Bréfritari: Sigríður Pálsdóttir
Viðtakandi: Páll Pálsson
Dagsetning: A-1867-05-23
Skrifað á: Breiðabólsstað  Rang.
Páll var bróðir Sigríðar

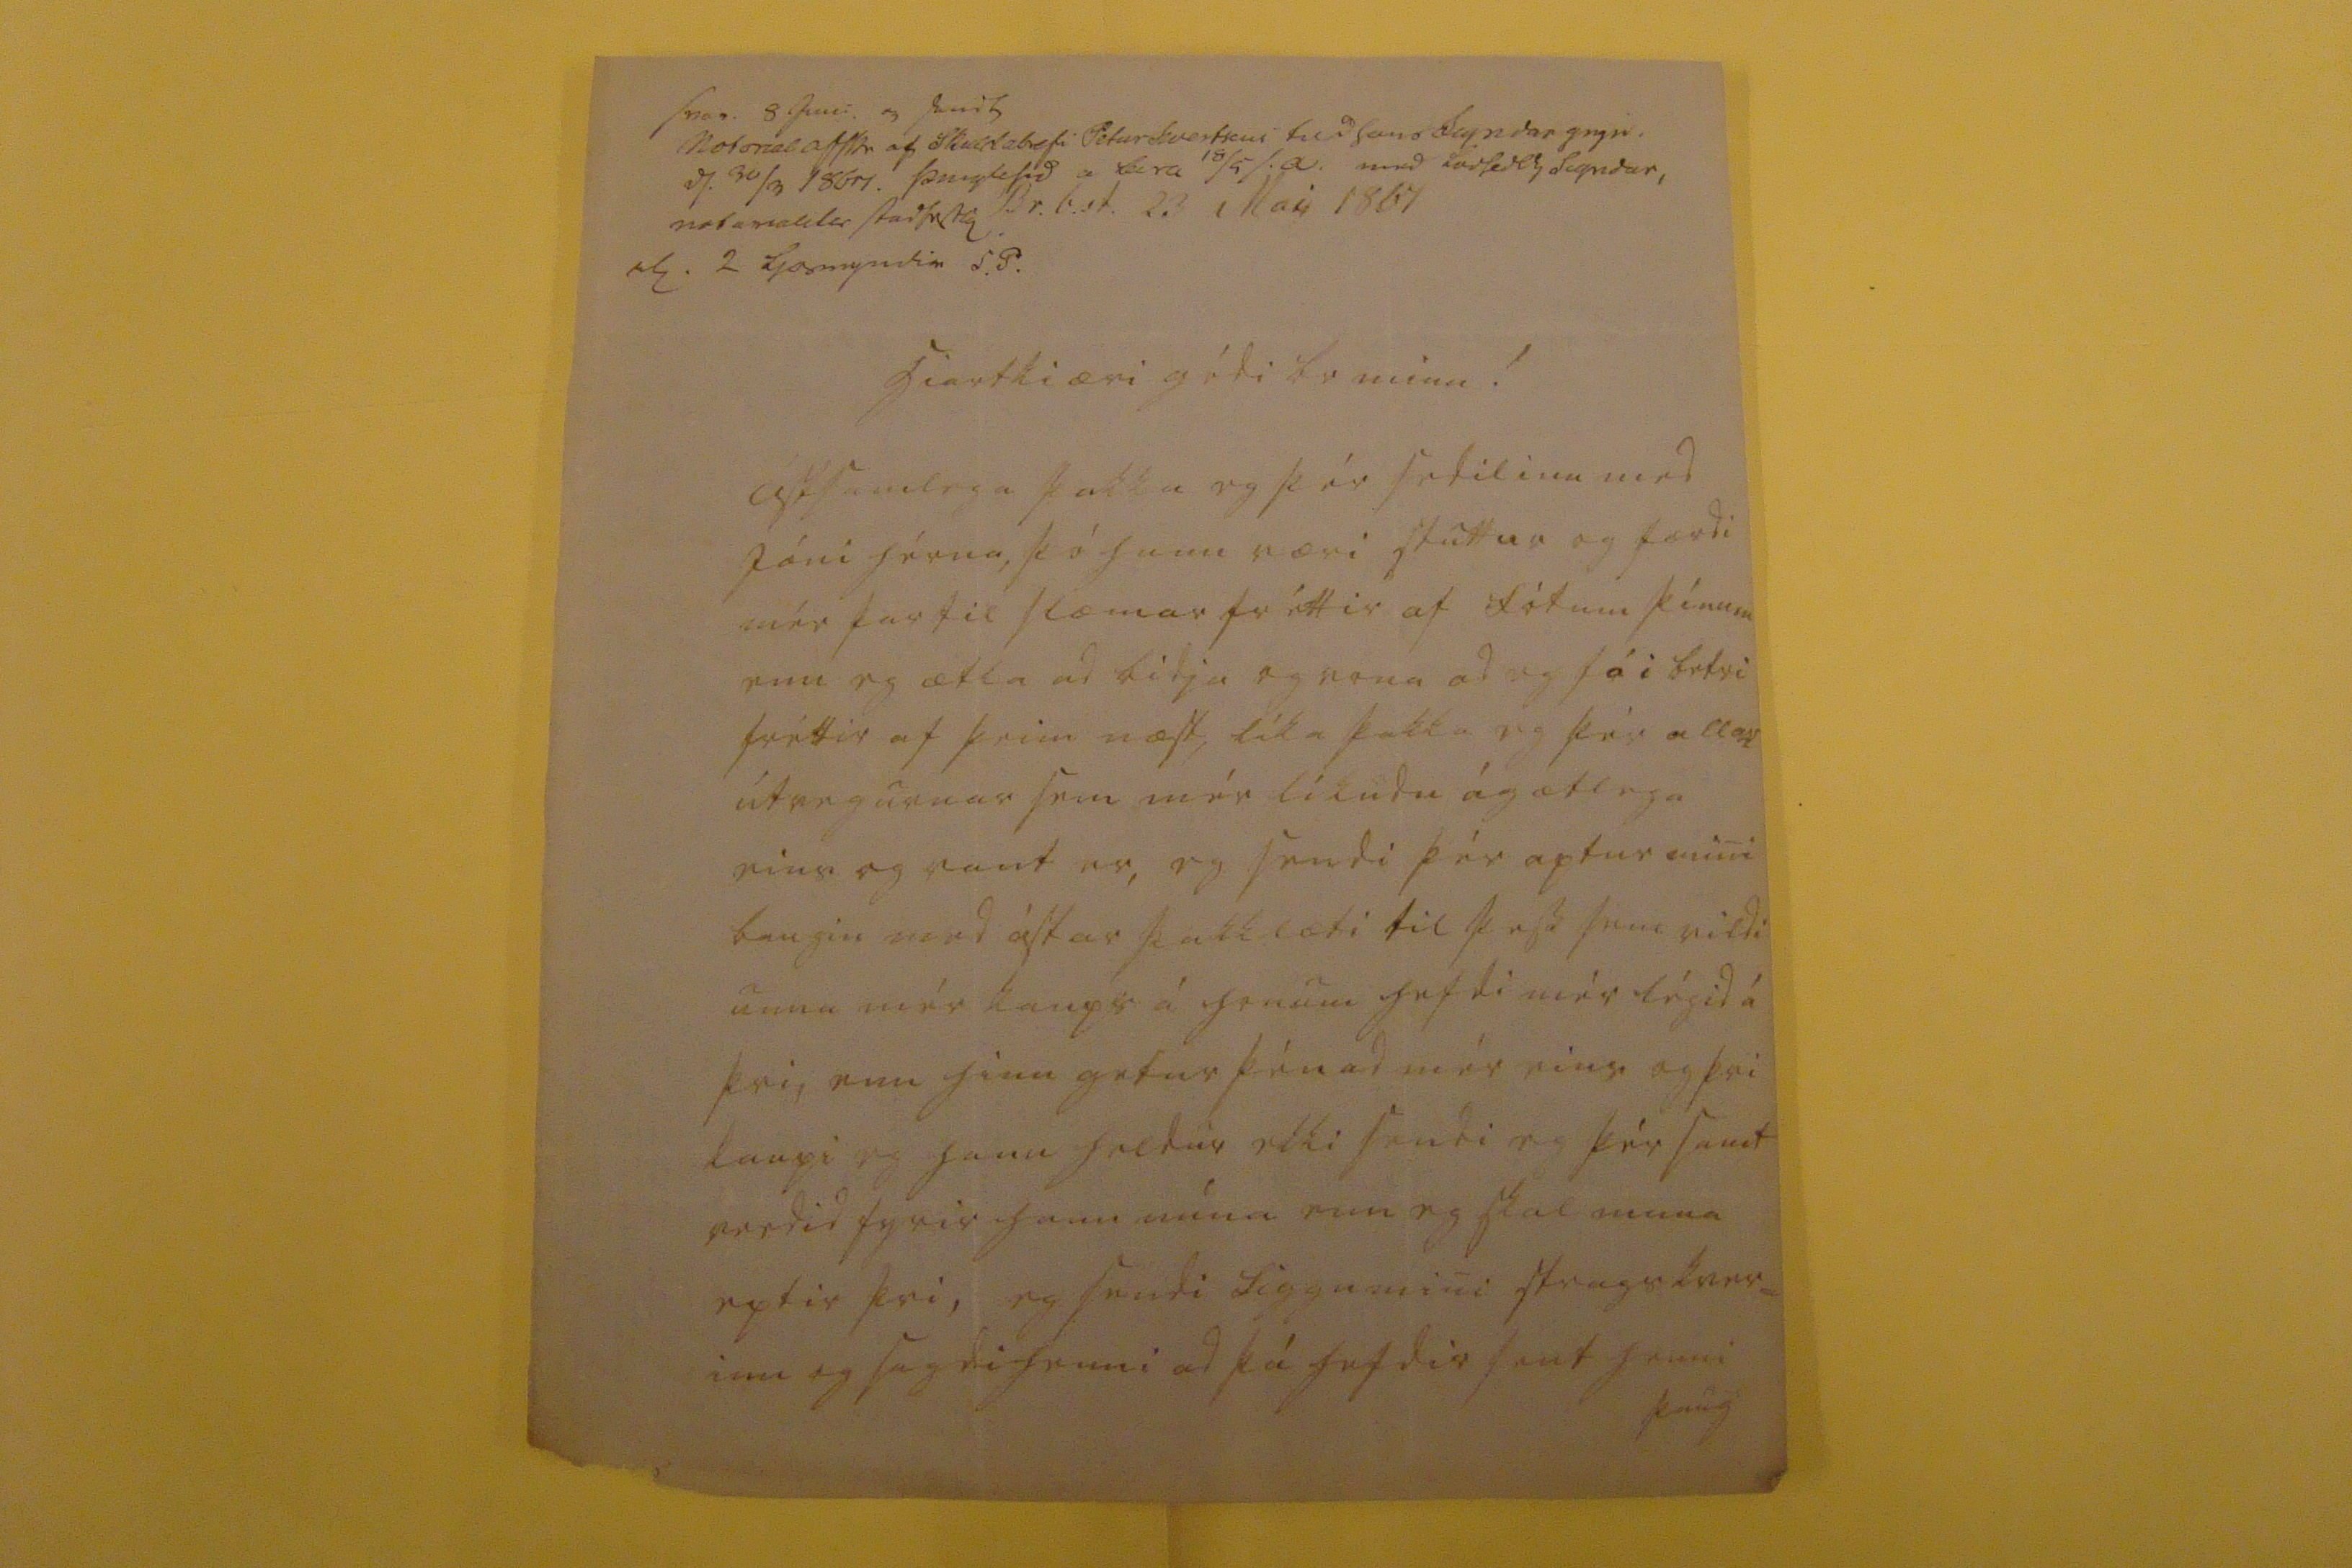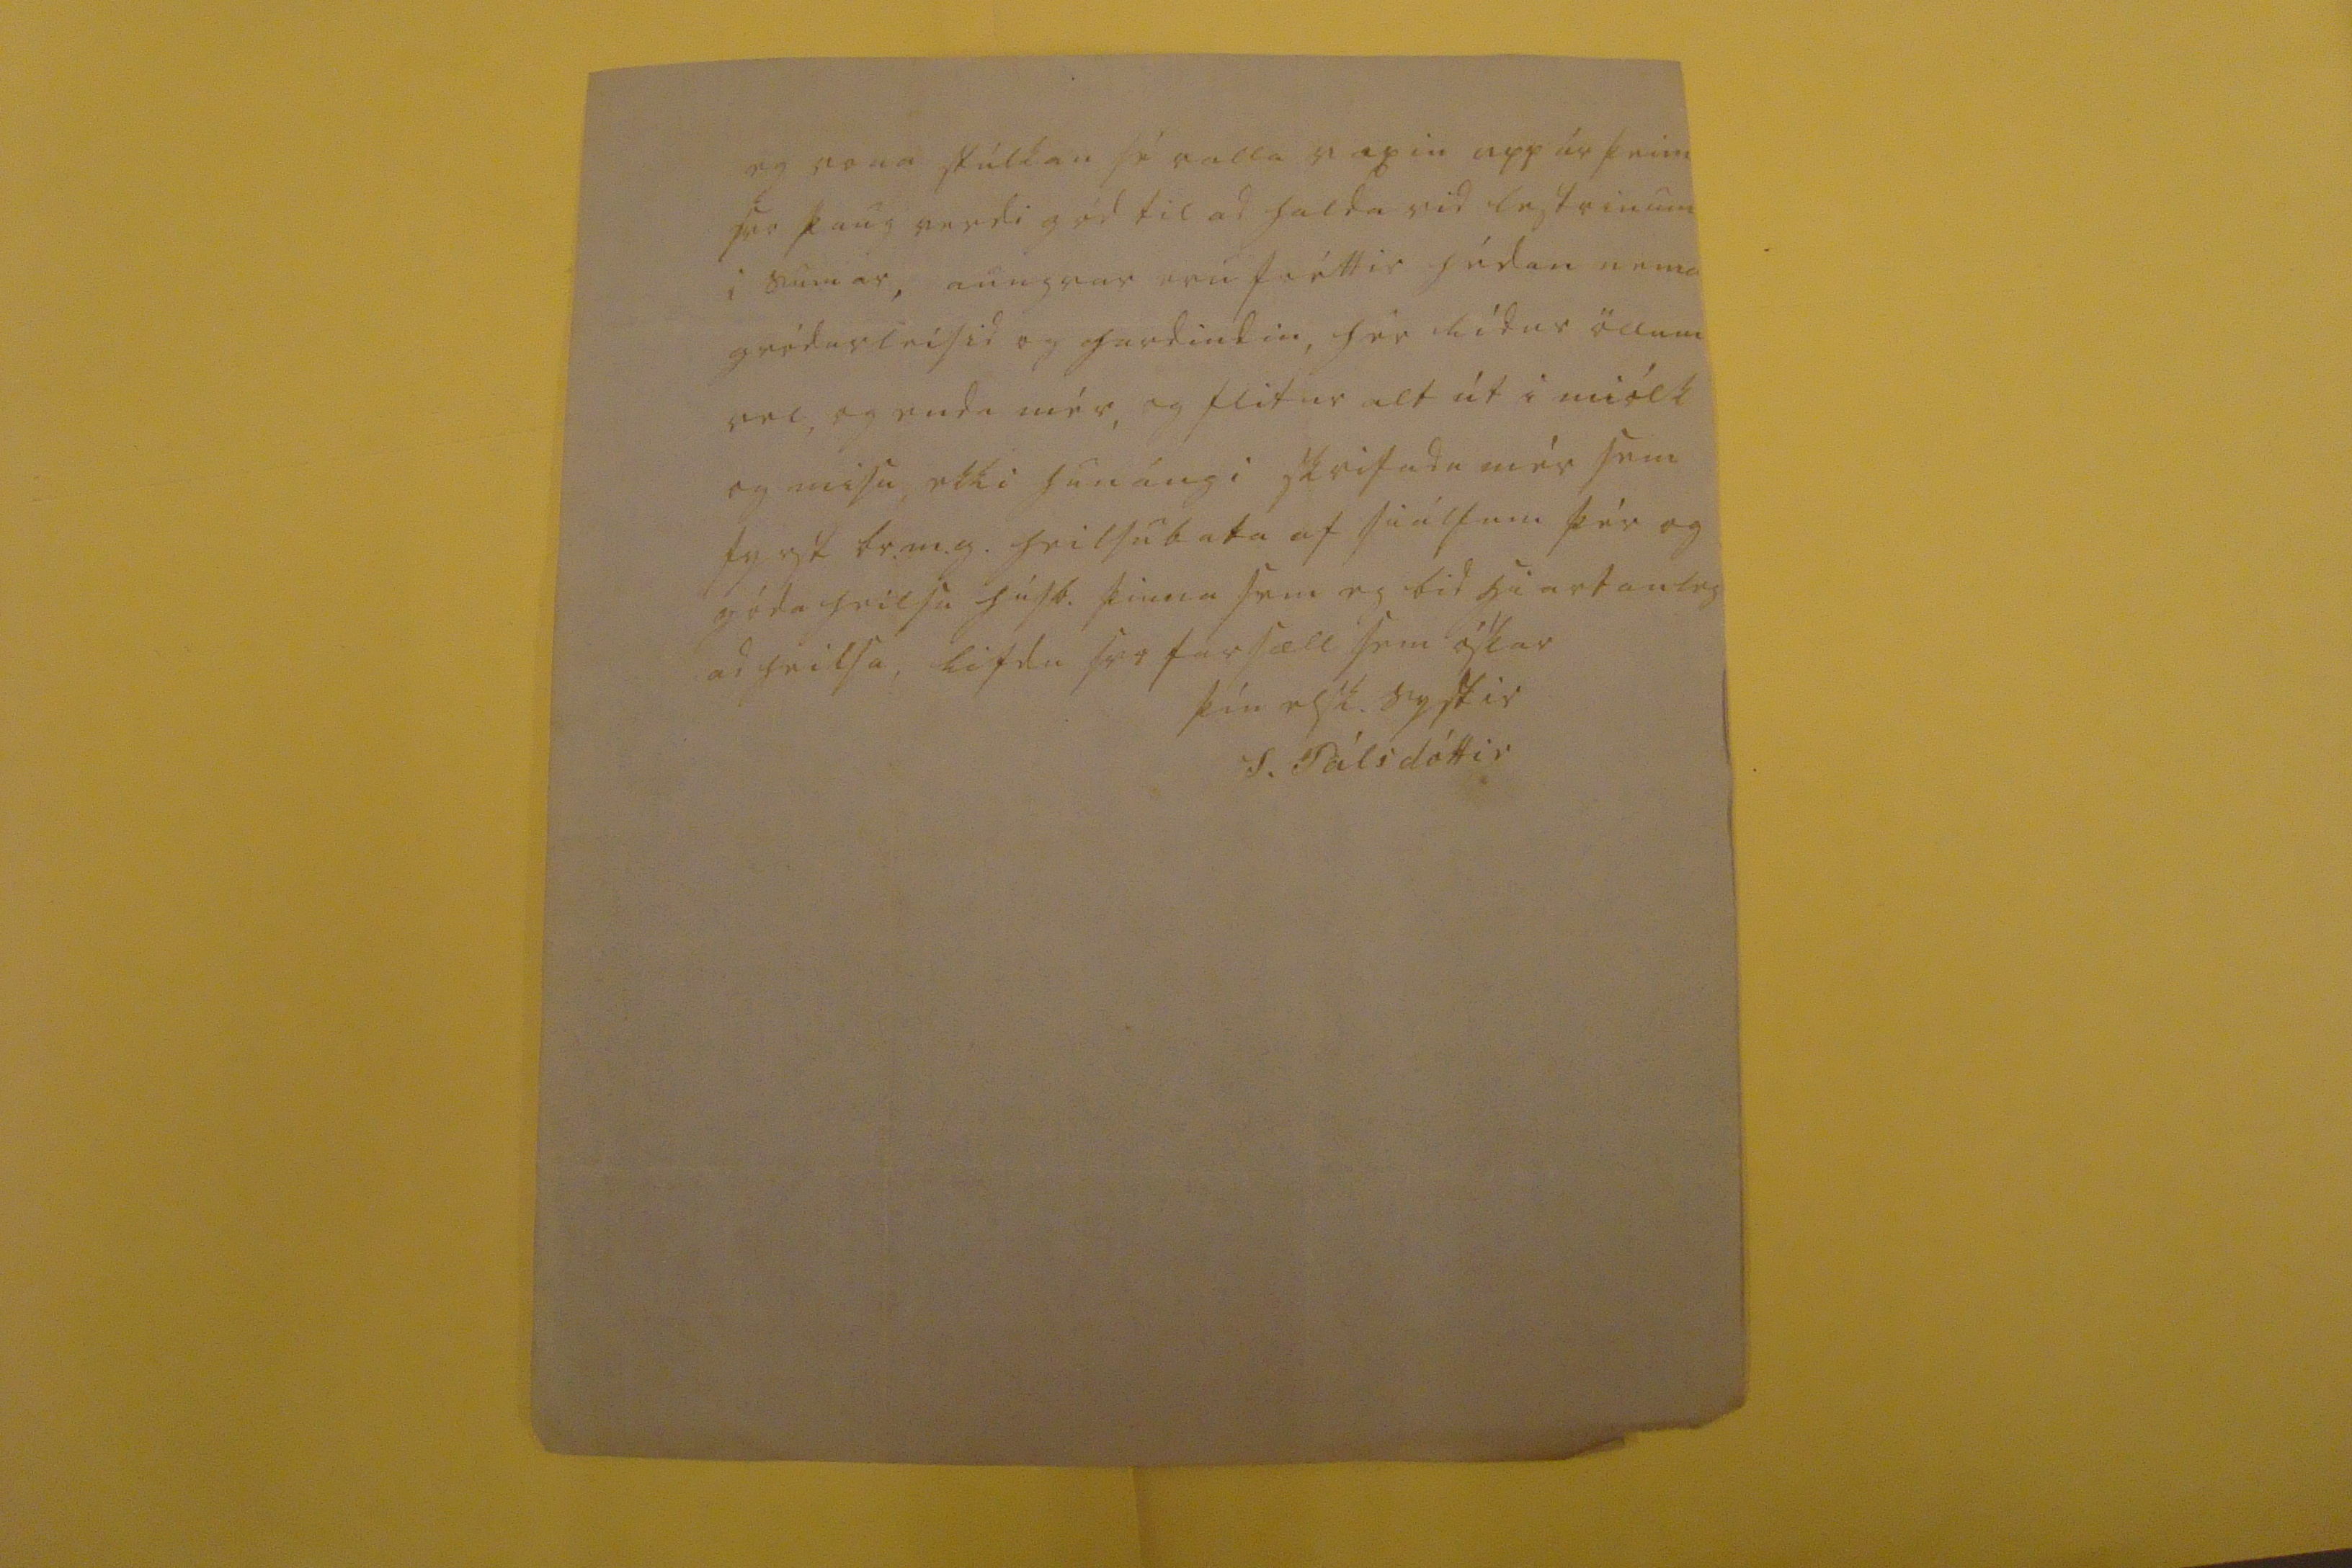

svar. 8 juni og sendt motonal afskr af skuldabrefi Petur kvertsoni feld hans Sigridar yngri, ds. 30/3 1867. þinglesid a 00ra 18/5 00 med iarsedly Sigridar, n00a0ali00 stadsett R. 2 ljosmyndir S.P.
Br.b.st. 23 Mai 1867
hiartkiæri gódi br minn!
ástsamlega þakka eg þér sedilinn med Jóni hérna, þó hann væri stuttur og færdi mér þar til slæmar fréttir af fótum þínum enn eg ætla ad bidja og vona ad eg fái betri fréttir af þeim næst líka þakka eg þér allar útvegurnar sem mér líkudu ágætlega eins og vant er, eg sendi þér aptur mini baugin med ástar þakklæti til þess sem vildi unna mér kaups á honum hefdi mér légid á þvi, enn hinu getur þénad mér eins og þvi kaupi eg hann heldur ekki sendi eg þér samt verdid fyrir hann mína enn eg skal muna eptir þvi, eg sendi Siggu mini strags kver= inu og sagdi henni ad þú hefdir sent henni þaug
eg vona stúlkan sé valla vaxin upp úr þeim svo þaug verdi gód til ad halda vid lestrinum i sumar, aungvar eru fréttir hédan nema gródurleisid og hardindin, hér lídur öllum vel, og enda mér, og flitur alt út i miólk og misu, ekki hunángi skrifadu mér sem fyrst br.m.g. heilsubata af siálfum þér og góda heilsu húsb. þinna sem eg bid hiartanleg ad heilsa, lifdu svo farsæll sem óskar
þín elsk. systir
S. Pálsdóttir